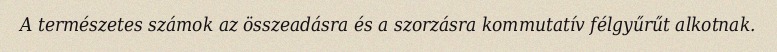
A természetes számok az összeadásra és a szorzásra kommutatív félgyűrűt alkotnak.